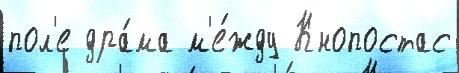
пол'е дра́ма м'е́жду Кнопостас